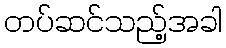
တပ်ဆင်သည့်အခါ